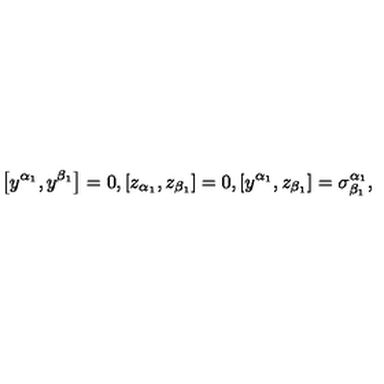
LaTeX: \left[ y ^ { \alpha _ { 1 } } , y ^ { \beta _ { 1 } } \right] = 0 , \left[ z _ { \alpha _ { 1 } } , z _ { \beta _ { 1 } } \right] = 0 , \left[ y ^ { \alpha _ { 1 } } , z _ { \beta _ { 1 } } \right] = \sigma _ { \beta _ { 1 } } ^ { \alpha _ { 1 } } ,